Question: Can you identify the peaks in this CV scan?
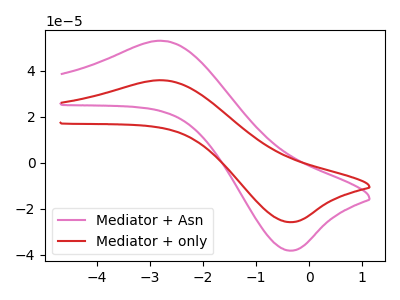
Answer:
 <answer>The pink curve "Mediator + Asn" has an anodic peak at (-2.75V, 52.90uA) and a cathodic peak at (-0.30V, -38.20uA). The red curve "Mediator + only" has an anodic peak at (-2.75V, 35.75uA) and a cathodic peak at (-0.30V, -25.85uA).</answer>
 <eval></eval>